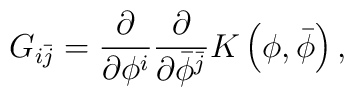
G_{i \bar{j}} = \frac{\partial}{\partial \phi^i}\frac{\partial}{\partial \bar{\phi}^{\bar{j}}}K\left( \phi, \bar{\phi}\right),